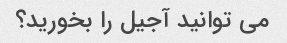
می توانید آجیل را بخورید؟